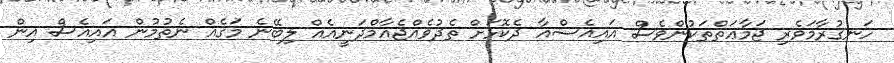
ހަނގުރާމަވެރި ޖަމާޢަތްތަކުންވެސް އައިއެސްއާ ދެކޮޅަށް ތެދުވެއްޖެއާމްދަނީއެއް ލިބޭނެ މަގެއް ނެތުމުން އައިއެސް އިން